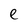
Character: e